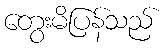
တွေးမိပြန်သည်